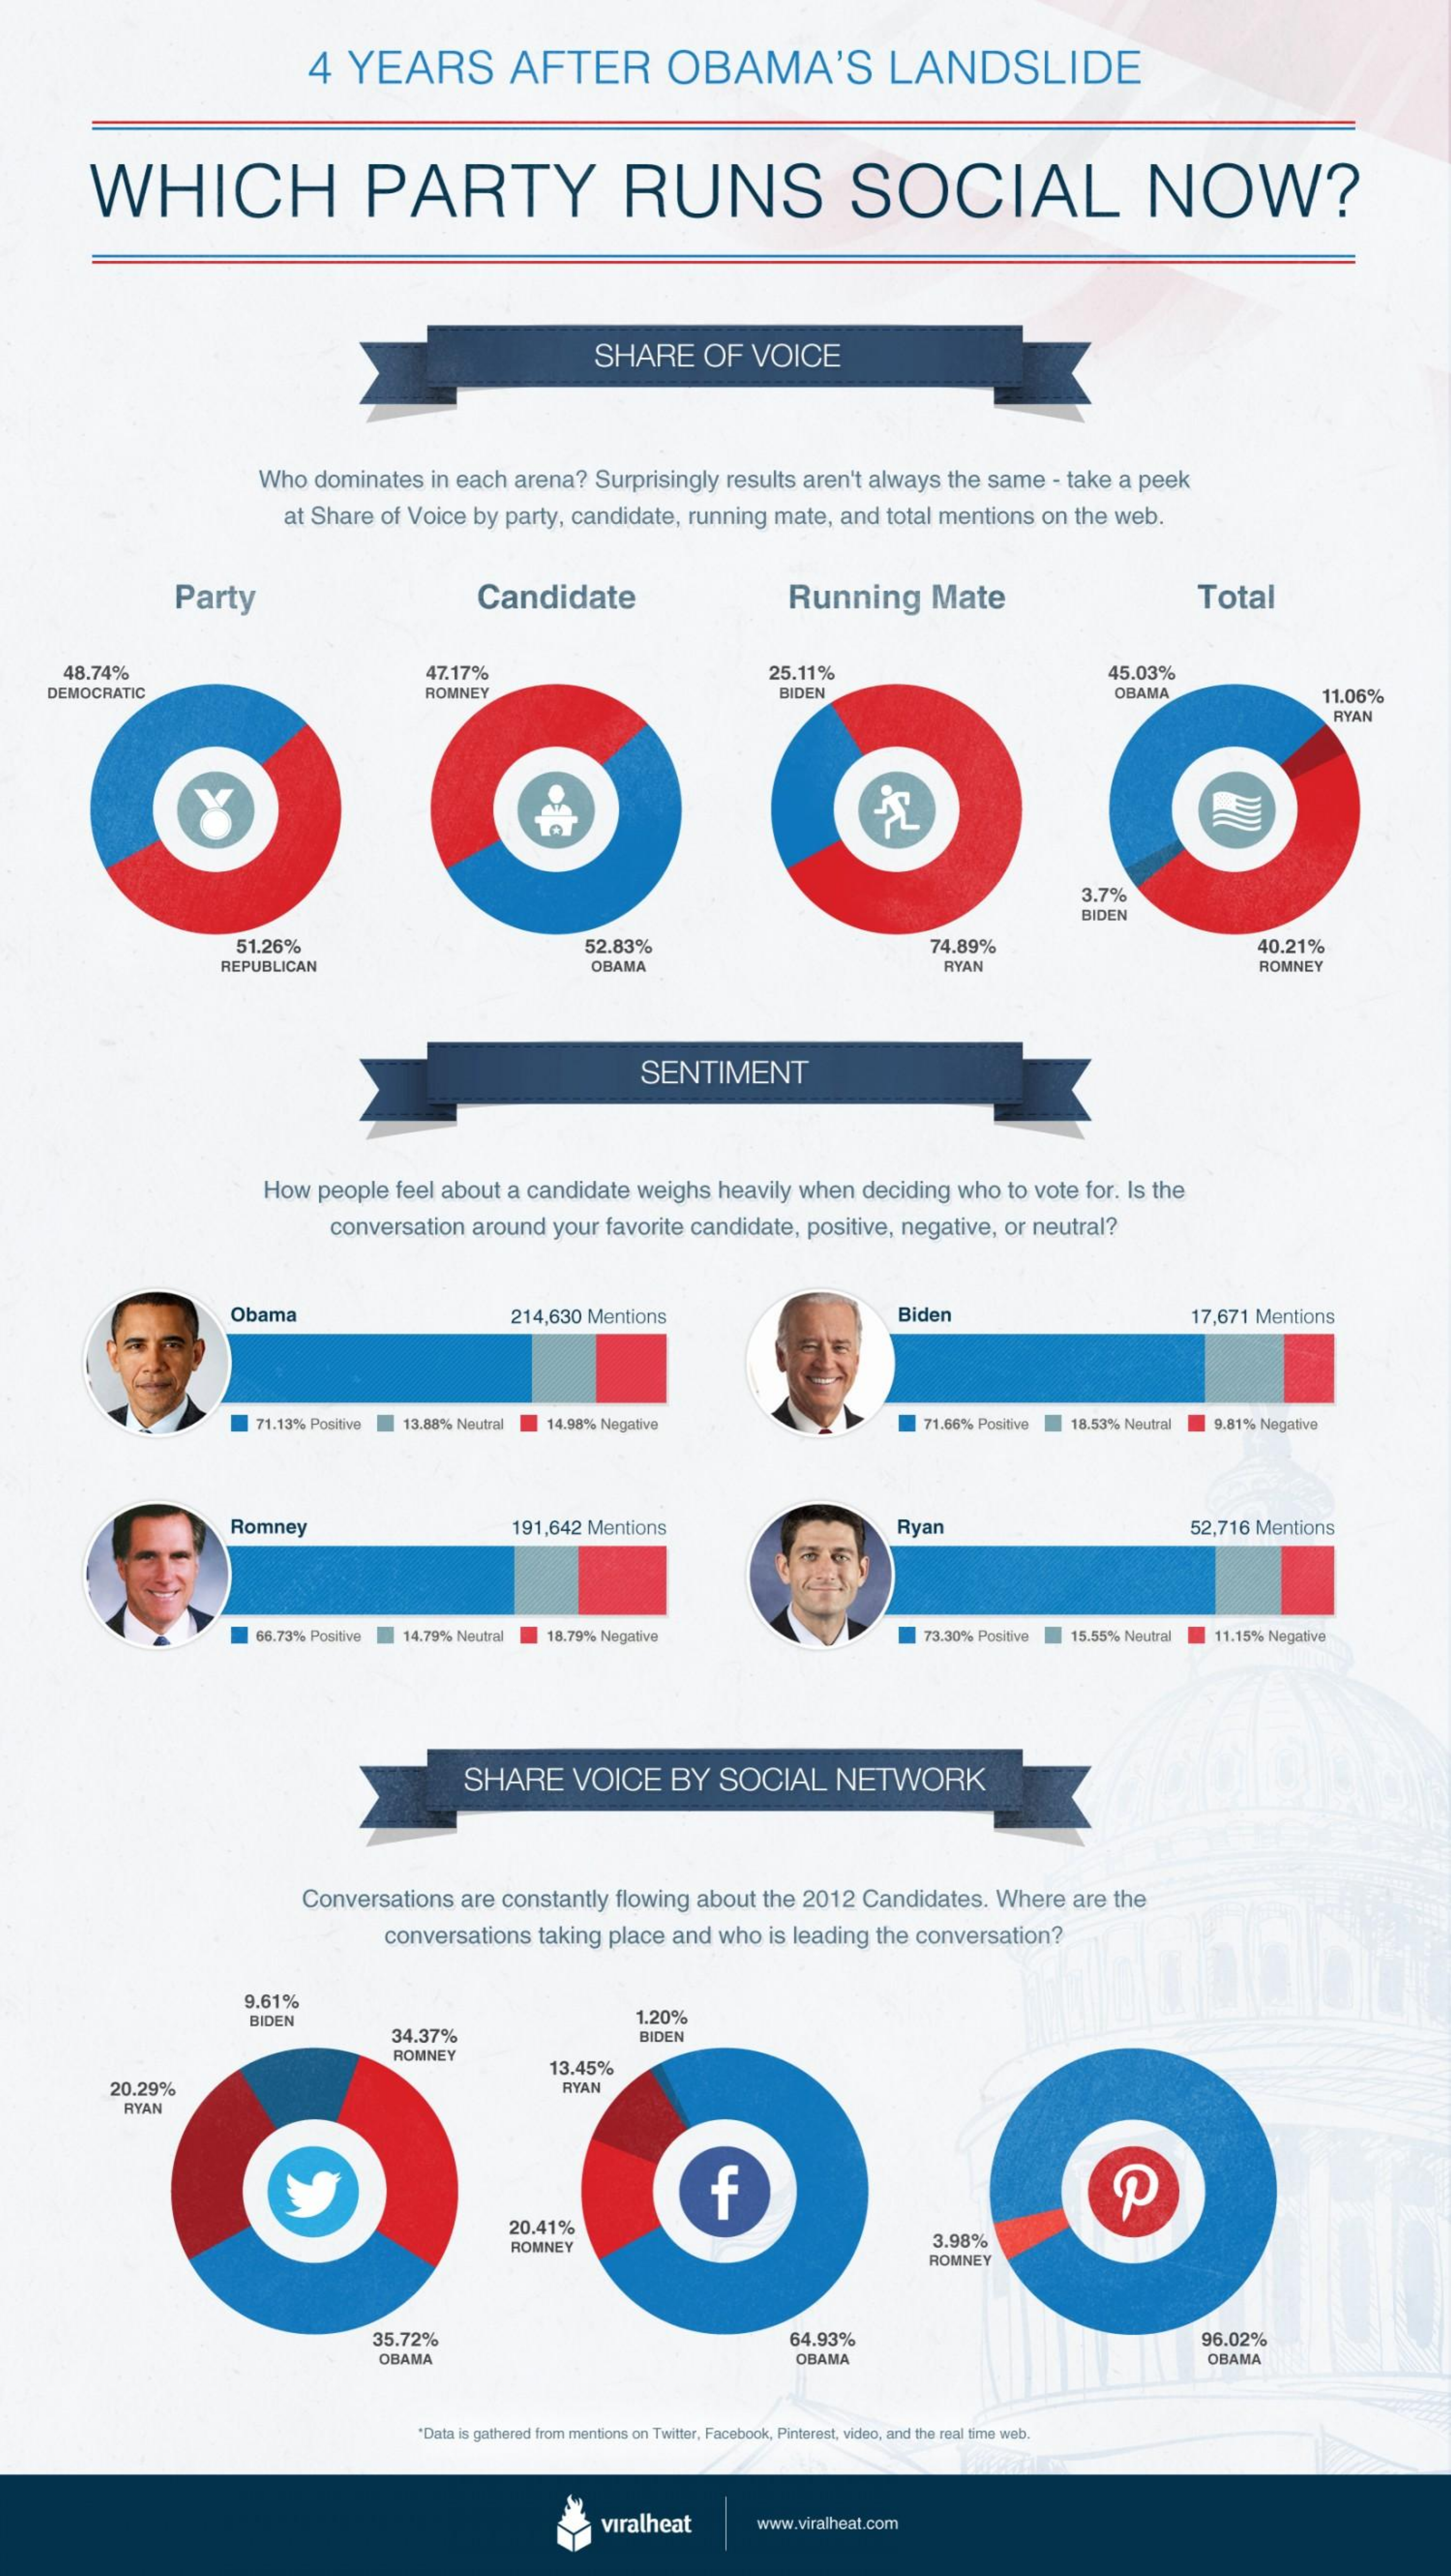
4  YEARS    AFTER    OBAMA'S    LANDSLIDE
     WHICH    PARTY    RUNS    SOCIAL    NOW?
     SHARE   OF  VOICE
     Who dominates in each arena? Surprisingly results aren't always the same - take a peek
     at Share of Voice by party, candidate, running mate, and total mentions on the web.
     Party    Candidate    Running   Mate    Total
     48.74%    47.17%    25.11%    45.03%
    DEMOCRATIC    ROMNEY    BIDEN    OBAMA    11.06%
     RYAN
     3.7%
     BIDEN
     51.26%    52.83%    74.89%    40.21%
     REPUBLICAN    OBAMA    RYAN    ROMNEY
     SENTIMENT
     How people feel about a candidate weighs heavily when deciding who to vote for. Is the
     conversation around your favorite candidate, positive, negative, or neutral?
     Obama    214,630 Mentions    Biden    17,671 Mentions
     71.13% Positive 13.88% Neutral 14.98% Negative    71.66% Positive 18.53% Neutral 9.81% Negative
     Romney    191,642 Mentions    Ryan    52,716 Mentions
     66.73% Positive 14.79% Neutral 18.79% Negative    73.30% Positive 15.55% Neutral 11.15% Negative
     SHARE   VOICE  BY  SOCIAL   NETWORK
     Conversations are constantly flowing about the 2012 Candidates. Where are the
     conversations taking place and who is leading the conversation?
     9.61%
     BIDEN
     34.37%
     1.20%
     BIDEN
     ROMNEY
     13.45%
     20.29%    RYAN
     RYAN
     f
     20.41%
     ROMNEY    3.98%
     ROMNEY
     35.72%    64.93%    96.02%
     OBAMA    OBAMA    OBAMA
     "Data is gathered from mentions on Twitter, Facebook, Pinterest, video, and the real time web.
     viralheat    www.viralheat.com